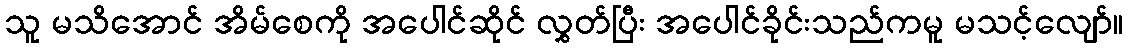
သူ မသိအောင် အိမ်စေကို အပေါင်ဆိုင် လွှတ်ပြီး အပေါင်ခိုင်းသည်ကမူ မသင့်လျော်။